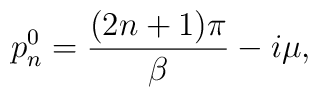
p^0_n = \frac{(2n+1)\pi} {\beta} - i\mu ,